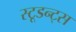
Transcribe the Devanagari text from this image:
स्टूडन्ट्स